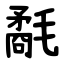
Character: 氄